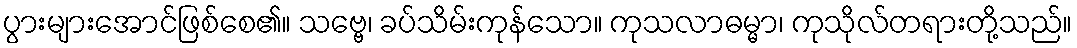
ပွားများအောင်ဖြစ်စေ၏။ သဗ္ဗေ၊ ခပ်သိမ်းကုန်သော။ ကုသလာဓမ္မာ၊ ကုသိုလ်တရားတို့သည်။